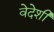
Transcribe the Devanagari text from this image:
वेदेशी